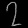
Digit: ၇